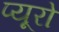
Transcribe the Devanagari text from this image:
प्यूरो